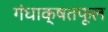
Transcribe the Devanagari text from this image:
गंधाक्षतफूल